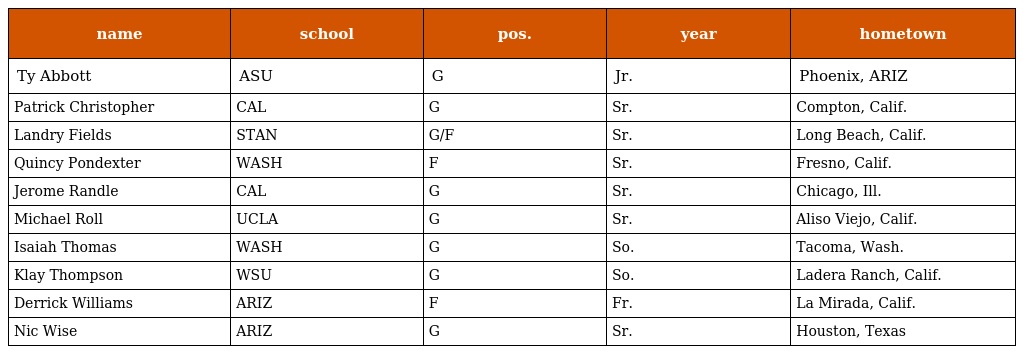
| name | school | pos. | year | hometown |
 | --- | --- | --- | --- | --- |
 | Ty Abbott | ASU | G | Jr. | Phoenix, ARIZ |
 | Patrick Christopher | CAL | G | Sr. | Compton, Calif. |
 | Landry Fields | STAN | G/F | Sr. | Long Beach, Calif. |
 | Quincy Pondexter | WASH | F | Sr. | Fresno, Calif. |
 | Jerome Randle | CAL | G | Sr. | Chicago, Ill. |
 | Michael Roll | UCLA | G | Sr. | Aliso Viejo, Calif. |
 | Isaiah Thomas | WASH | G | So. | Tacoma, Wash. |
 | Klay Thompson | WSU | G | So. | Ladera Ranch, Calif. |
 | Derrick Williams | ARIZ | F | Fr. | La Mirada, Calif. |
 | Nic Wise | ARIZ | G | Sr. | Houston, Texas |